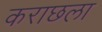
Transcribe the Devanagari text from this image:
कराछला